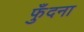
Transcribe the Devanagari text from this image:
फुँदना